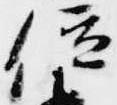
位